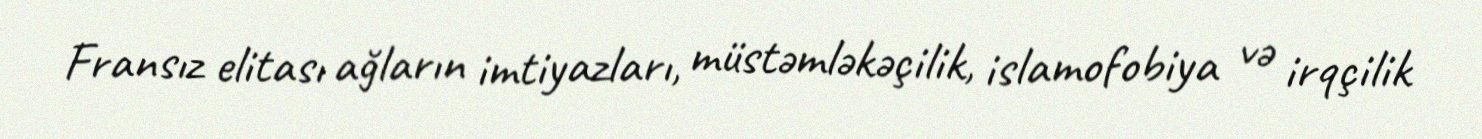
Fransız elitası ağların imtiyazları, müstəmləkəçilik, islamofobiya və irqçilik